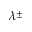
\lambda ^ { \pm }